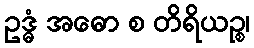
ဥဒ္ဓံ အဓော စ တိရိယဉ္စ၊